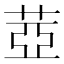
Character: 𦲕